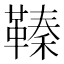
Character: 𩌘